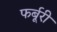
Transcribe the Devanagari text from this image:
फर्बूरी